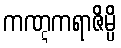
ကဏ္ဋကရာဇိမ္ပိ